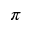
\pi